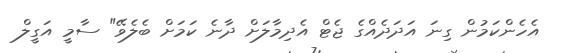
އެހެންކަމުން ގިނަ އަދަދެއްގެ ޖެޓް އެދިމާލަށް ދާނެ ކަމަށް ބެލެވޭ" ސާމީ އަގީލް